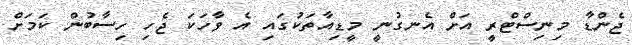
ޖެންޑާ މިނިސްޓްރީ އަށް އެނގުނީ މީޑިއާތަކުގައި އެ ވާހަކަ ޖެހި ހިސާބުން ކަމަށް